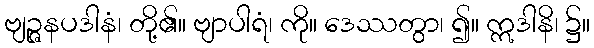
ဗျဉ္ဇနပဒါနံ၊ တို့၏။ ဗျာပါရံ၊ ကို။ ဒေဿတွာ၊ ၍။ ဣဒါနိ၊ ၌။